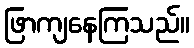
ဖြာကျနေကြသည်။